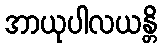
အာယုပါလယန္တိ